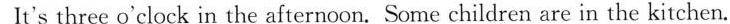
It's three o'clock in the afternoon. Some children are in the kitchen.